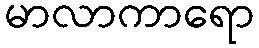
မာလာကာရော